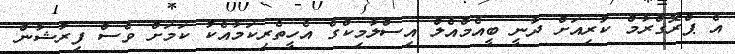
އެ ޕްރޮގްރާމް ކުރިއަށް ދާނީ ބީއެމްއެލް އިސްލާމިކްގެ އެހީތެރިކަމާއެކު ކަމަށް ވެސް ފިރުޝާން